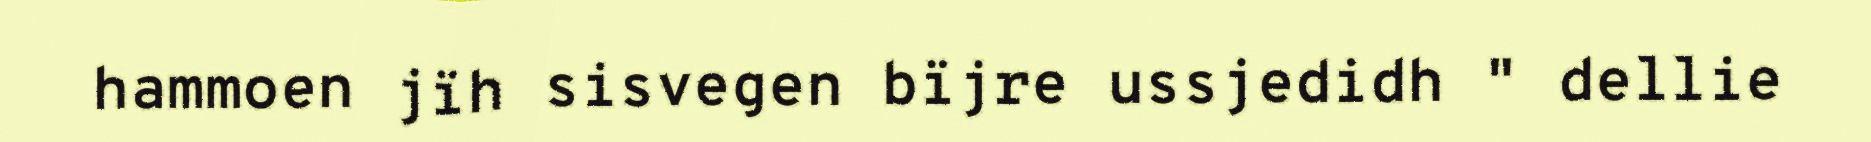
hammoen jïh sisvegen bïjre ussjedidh " dellie